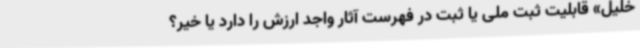
خلیل» قابلیت ثبت ملی یا ثبت در فهرست آثار واجد ارزش را دارد یا خیر؟